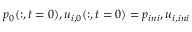
p _ { 0 } ( : , t = 0 ) , u _ { i , 0 } ( : , t = 0 ) = p _ { i n i } , u _ { i , i n i }